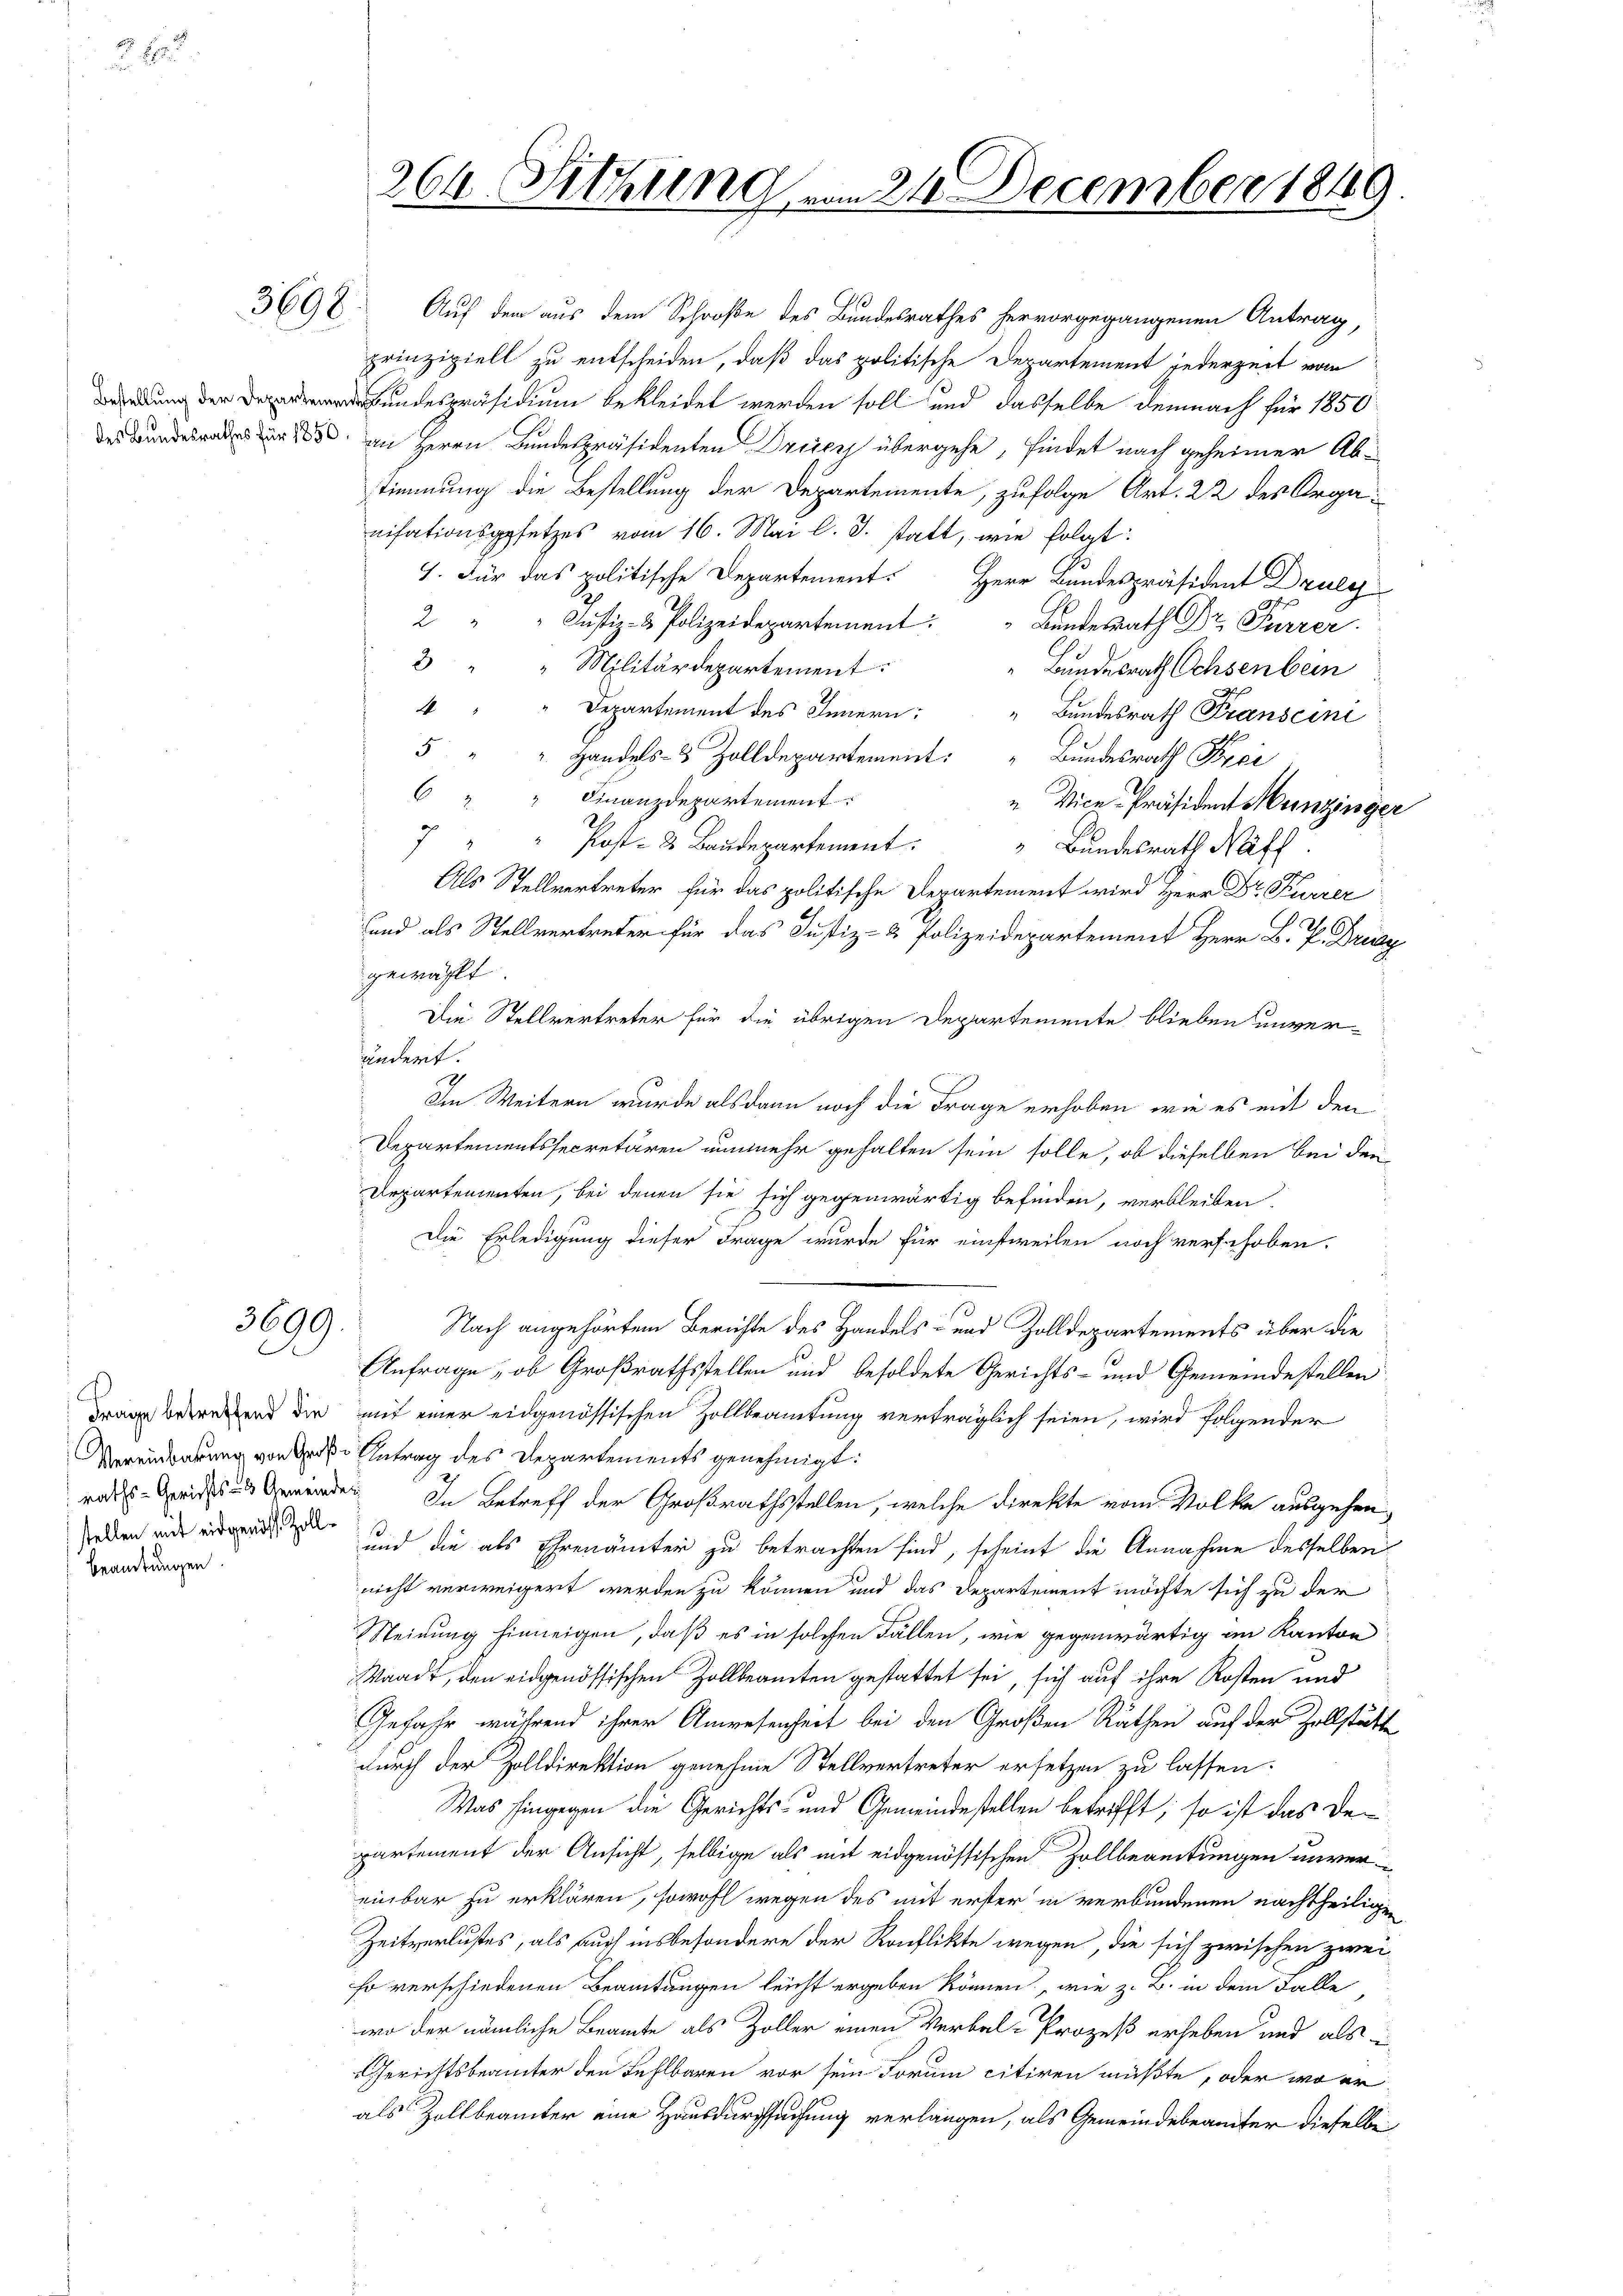
82
w

3698

3699.

stellen mit eidgenöss. Zoll¬
Beamtungen.

Auf dem aus dem Schroße des Bundesrathes hervorgegangenen Antrag,
prinzipiell zu entscheiden, daß das politische Departement jederzeit vom
undespräsidium bekleidet werden soll und dasselbe demnach für 1850
 1 an Herrn Bundespräsidenten Dreier übergehe, findet nach geheimer Ab-
stimmung die Bestellung der Departemente, zufolge Art. 22 des Organisationsgesetzes vom 16. Mai l. J. statt, wie folgt:
4. Für das politische Departement. Herr Bundespräsident Drulg
2 " " Justiz- & Polizeidepartement:
Landesrath Dr. Furrer.
3 " " Militärdepartement:
Bundesrath Ochsenbein
4 " " Departement des Innern: „Bundesrath Franscini
5 " " Handels- & Zolldepartement:
Bundesrath Frei
6 " " Finanzdepartement.
" Vice-Präsident Munzinger
" Post- & Baudepartement:
"Bundesrath Waff
Als Stellvertreter für das politische Departement wird Herr Dr. Furrer
und als Stellvertreter für das Justiz- & Polizeidepartement Herr B. P. Drinz
gewählt.
Die Stellvertreter für die übrigen Departemente blieben unverfundert.
2
Im Weitern wurde alsdann noch die Frage erhoben, wie es mit den
Departementssecretären nunmehr gehalten sein solle, ob dieselben bei den
Departementen, bei denen sie sich gegenwärtig befinden, verbleiben.
Die Erledigung dieser Frage wurde für einstweilen noch verschoben.
Nach angehörtem Berichte des Handels- und Zolldepartements über die
Anfrage, ob Großrathsstellen und besoldete Gerichts- und Gemeindestellen
drang betretend die mit einer eidgenössischen Zollbeamtung verträglich seien, wird folgender
Vereinbarung von Große Antrag des Departements genehmigt:
rades Gerichts und Gewerden. In Betreff der Großrathsstellen, welche direkte vom Volke ausgehen,
und die als Ehrenämter zu betrachten sind, scheint die Annahme desselben
nicht verweigert werden zu können und das Departement möchte sich zu der
Meinung hinneigen, daß es in solchen Fällen, wie gegenwärtig im Kanton
Waadt, den eidgenössischen Zollbeamten gestattet sei, sich auf ihre Kosten und
Gefahr während ihrer Anwesenheit bei den Großen Räthen auf der Zollstätte
durch der Zolldirektion genehme Stellvertreter ersetzen zu lassen.
Was hingegen die Gerichts- und Gemeindestellen betrifft, so ist das Den
partement der Ansicht, selbige als mit eidgenössischen Zollbereitungen unvereinbar zu erklären, sowohl wegen des mit erster in verbundenen nachtheiligen
Zeitverlustes, als auch insbesondere der Konflikte wegen, die sich zwischen zwei
so verschiedenen Beamtungen leicht ergeben können, wie z. B. in dem Falle
wo der nämliche Beamte als Zoller einen Verbal-Prozeß erheben und als ei
Gerichtsbeamter den Fehlbaren vor sein Forum citiren müßte, oder wo er
als Zollbeamter eine Hausdurchsuchung verlangen, als Gemeindebeamter dieselbe

264. Sitzung vom 24. December 1849.